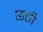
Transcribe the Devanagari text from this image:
छती